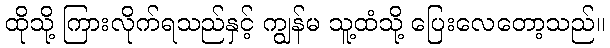
ထိုသို့ ကြားလိုက်ရသည်နှင့် ကျွန်မ သူ့ထံသို့ ပြေးလေတော့သည်။